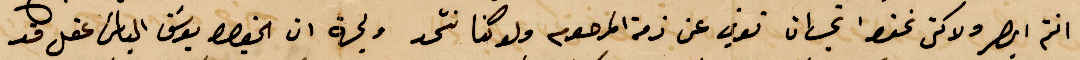
انتم ابصر ولاكن نحن %% توفي عن ذمة المرحوم ولو كنا نتّحد ولجهة ان الخوري يوسف الياس عقل قد